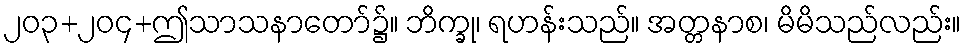
၂၀၃+၂၀၄+ဤသာသနာတော်၌။ ဘိက္ခု၊ ရဟန်းသည်။ အတ္တနာစ၊ မိမိသည်လည်း။